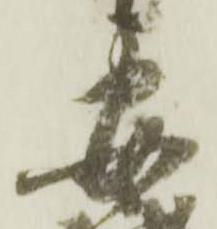
安